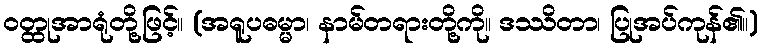
ဝတ္ထုအာရုံတို့ဖြင့်။ (အရူပဓမ္မာ၊ နာမ်တရားတို့ကို။ ဒဿိတာ၊ ပြုအပ်ကုန်၏။)